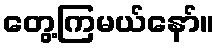
တွေ့ကြမယ်နော်။